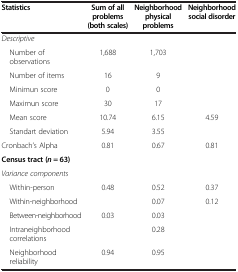
<table><thead><tr><td><b>Statistics</b></td><td><b>Sum of all problems (both scales)</b></td><td><b>Neighborhood physical problems</b></td><td><b>Neighborhood social disorder</b></td></tr></thead><tbody><tr><td><i>Descriptive</i></td><td>[EMPTY_CELL]</td><td>[EMPTY_CELL]</td><td>[EMPTY_CELL]</td></tr><tr><td> Number of observations</td><td>1,688</td><td>1,703</td><td>[EMPTY_CELL]</td></tr><tr><td> Number of items</td><td>16</td><td>9</td><td>[EMPTY_CELL]</td></tr><tr><td> Minimun score</td><td>0</td><td>0</td><td>[EMPTY_CELL]</td></tr><tr><td> Maximun score</td><td>30</td><td>17</td><td>[EMPTY_CELL]</td></tr><tr><td> Mean score</td><td>10.74</td><td>6.15</td><td>4.59</td></tr><tr><td> Standart deviation</td><td>5.94</td><td>3.55</td><td>[EMPTY_CELL]</td></tr><tr><td>Cronbach’s Alpha</td><td>0.81</td><td>0.67</td><td>0.81</td></tr><tr><td><b>Census tract (</b><b><i>n</i></b> <b>= 63)</b></td><td>[EMPTY_CELL]</td><td>[EMPTY_CELL]</td><td>[EMPTY_CELL]</td></tr><tr><td><i>Variance components</i></td><td>[EMPTY_CELL]</td><td>[EMPTY_CELL]</td><td>[EMPTY_CELL]</td></tr><tr><td> Within-person</td><td>0.48</td><td>0.52</td><td>0.37</td></tr><tr><td> Within-neighborhood</td><td>[EMPTY_CELL]</td><td>0.07</td><td>0.12</td></tr><tr><td> Between-neighborhood</td><td>0.03</td><td>0.03</td><td>[EMPTY_CELL]</td></tr><tr><td> Intraneighborhood correlations</td><td>[EMPTY_CELL]</td><td>0.28</td><td>[EMPTY_CELL]</td></tr><tr><td> Neighborhood reliability</td><td>0.94</td><td>0.95</td><td>[EMPTY_CELL]</td></tr></tbody></table>